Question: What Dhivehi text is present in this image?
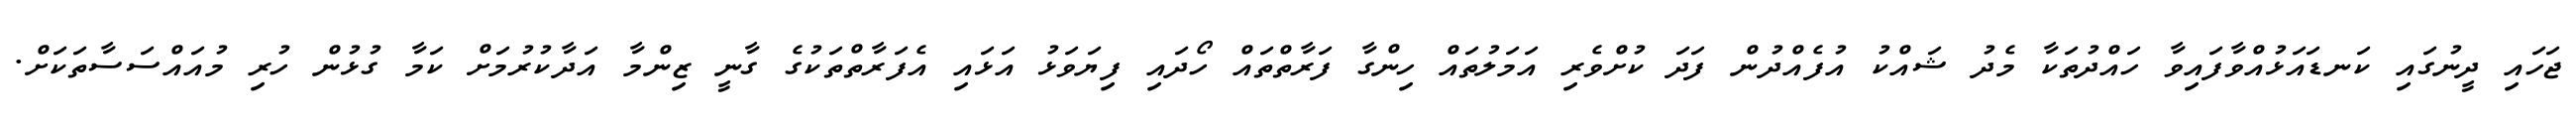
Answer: ޖަހައި ދީނުގައި ކަނޑައަޅުއްވާފައިވާ ހައްދުތަކާ މެދު ޝައްކު އުފެއްދުން ފަދަ ކުށްވެރި އަމަލުތައް ހިންގާ ފަރާތްތައް ހޯދައި ފިޔަވަޅު އަޅައި އެފަރާތްތަކުގެ ގާނީ ޒިންމާ އަދާކުރުމަށް ކަމާ ގުޅުން ހުރި މުއައްސަސާތަކަށް.